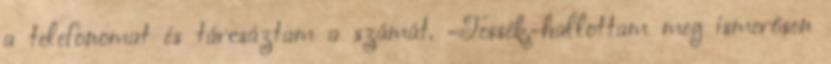
a telefonomat és tárcsáztam a számát. -Tessék.-hallottam meg ismerősen